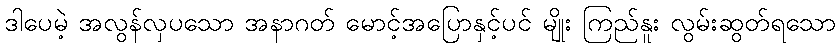
ဒါပေမဲ့ အလွန်လှပသော အနာဂတ် မောင့်အပြောနှင့်ပင် မျိုး ကြည်နူး လွမ်းဆွတ်ရသော